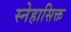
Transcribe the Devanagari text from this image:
स्नेहासिक्त